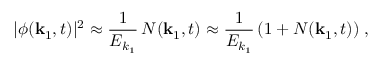
| \phi ( { \bf k } _ { 1 } , t ) | ^ { 2 } \approx \frac { 1 } { E _ { k _ { 1 } } } \, N ( { \bf k } _ { 1 } , t ) \approx \frac { 1 } { E _ { k _ { 1 } } } \, ( 1 + N ( { \bf k } _ { 1 } , t ) ) \; ,